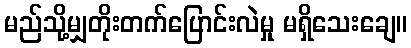
မည်သို့မျှတိုးတက်ပြောင်းလဲမှု မရှိသေးချေ။